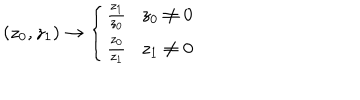
\left( z _ { 0 } , z _ { 1 } \right) \rightarrow \left\{ \begin{array} { c } { { \frac { z _ { 1 } } { z _ { 0 } } z _ { 0 } \neq 0 } } \\ { { \frac { z _ { 0 } } { z _ { 1 } } z _ { 1 } \neq 0 } } \\ \end{array} \right.